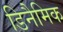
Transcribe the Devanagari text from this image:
डिनैमिक